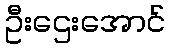
ဦးဌေးအောင်